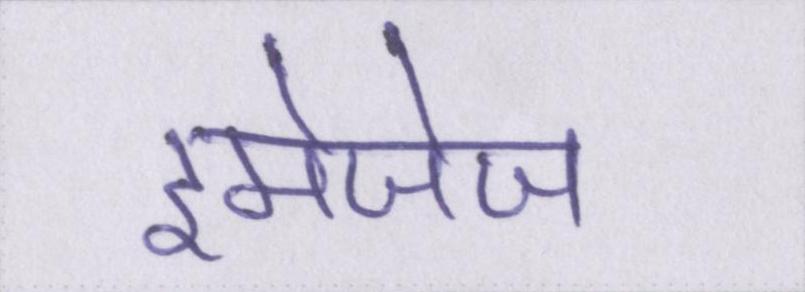
इमेजेज